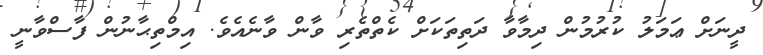
ދީނަށް ޢަމަލު ކުރުމުން ދިމާވާ ދަތިތަކަށް ކެތްތެރި ވާން ވާނެއެވެ. އިމްތިޙާނުން ފާސްވާނީ